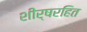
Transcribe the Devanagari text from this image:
शीर्षरहित